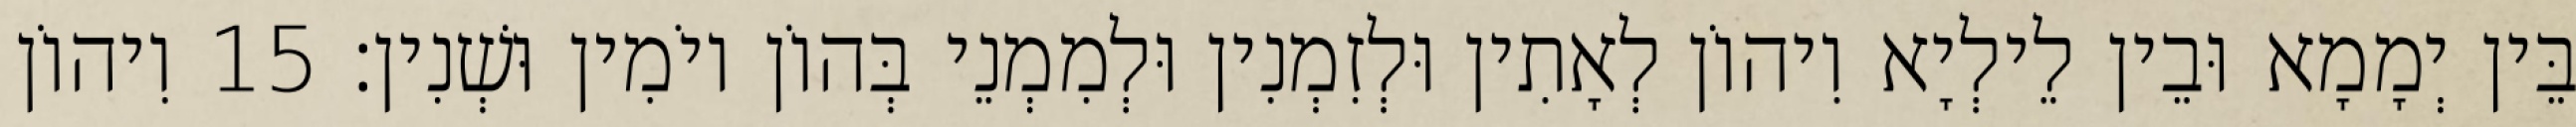
בֵּין יְמָמָא וּבֵין לֵילְיָא וִיהוֹן לְאָתִין וּלְזִמְנִין וּלְמִמְנֵי בְּהוֹן יוֹמִין וּשְׁנִין׃ 15 וִיהוֹן